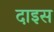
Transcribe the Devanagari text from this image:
दाइस